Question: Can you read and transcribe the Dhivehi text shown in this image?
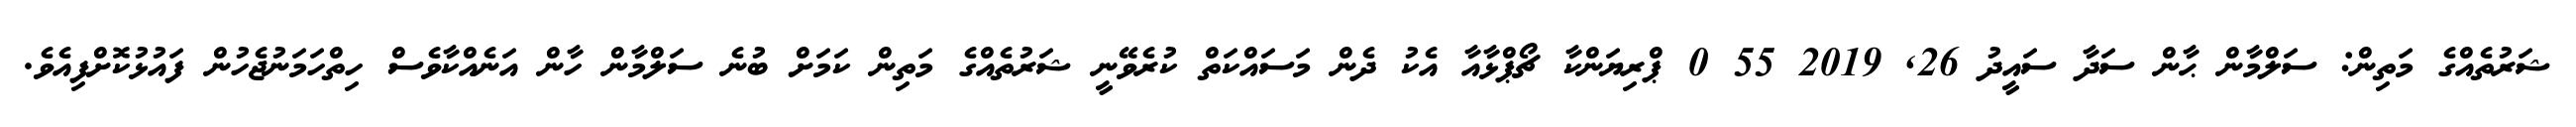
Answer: ޝަރުތެއްގެ މަތިން: ސަލްމާން ޙާން ސަދާ ސައީދު 26, 2019 55 0 ޕްރިޔަންކާ ޗޯޕްޅާއާ އެކު ދެން މަސައްކަތް ކުރެވޭނީ ޝަރުތެއްގެ މަތިން ކަމަށް ބުނެ ސަލްމާން ހާން އަނެއްކާވެސް ހިތްހަމަނުޖެހުން ފައުޅުކޮށްފިއެވެ.